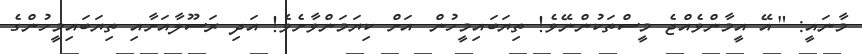
މާނައީ: " އޭ އީމާންވެއްޖެ މީސްތަކުންނޭވެ! ތިޔަބައިމީހުން  އަށް ކިޔަމަންވާށެވެ! އަދި ރަސޫލާއަށާއި ތިޔަބައިމީހުންގެ